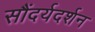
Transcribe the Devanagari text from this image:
सौंदर्यदर्शन